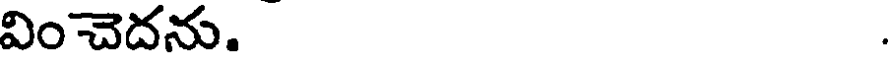
వించెదను.